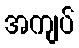
အကျပ်